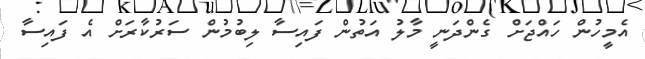
އެމީހުން ހައްޖަށް ގެންދަނީ މާލު އަތުން ފައިސާ ލިބުމުން ސަރުކާރަށް އެ ފައިސާ